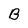
Character: B